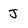
Character: J